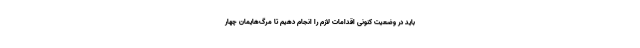
باید در وضعیت کنونی اقدامات لازم را انجام دهیم تا مرگ‌هایمان چهار